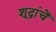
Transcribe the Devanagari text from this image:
शूद्रांचें